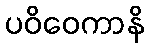
ပဝိဝေကာနိ